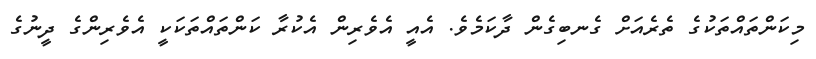
މިކަންތައްތަކުގެ ތެރެއަށް ގެނބިގެން ދާކަމެވެ. އެއީ އެވެރިން އެކުރާ ކަންތައްތަކަކީ އެވެރިންގެ ދީނުގެ